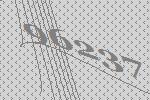
96237